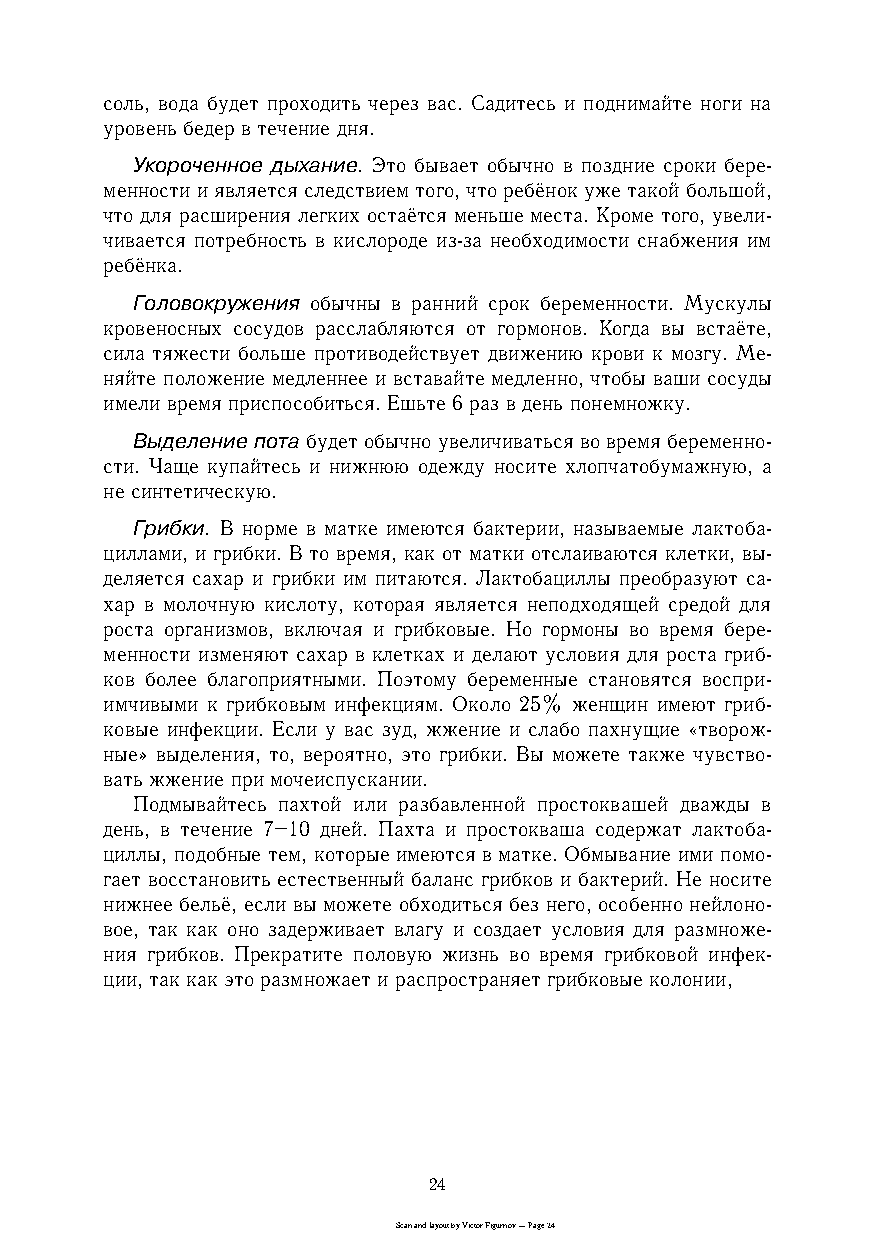
соль, вода будет проходить через вас. Садитесь и поднимайте ноги на
 уровень бедер в течение дня.
 Укороченное дыхание. Это бывает обычно в поздние сроки береc
 менности и является следствием того, что ребёнок уже такой большой,
 что для расширения легких остаётся меньше места. Кроме того, увелиc
 чивается потребность в кислороде изcза необходимости снабжения им
 ребёнка.
 Головокружения обычны в ранний срок беременности. Мускулы
 кровеносных сосудов расслабляются от гормонов. Когда вы встаёте,
 сила тяжести больше противодействует движению крови к мозгу. Меc
 няйте положение медленнее и вставайте медленно, чтобы ваши сосуды
 имели время приспособиться. Ешьте 6 раз в день понемножку.
 Выделение пота будет обычно увеличиваться во время беременноc
 сти. Чаще купайтесь и нижнюю одежду носите хлопчатобумажную, а
 не синтетическую.
 Грибки. В норме в матке имеются бактерии, называемые лактобаc
 циллами, и грибки. В то время, как от матки отслаиваются клетки, выc
 деляется сахар и грибки им питаются. Лактобациллы преобразуют саc
 хар в молочную кислоту, которая является неподходящей средой для
 роста организмов, включая и грибковые. Но гормоны во время береc
 менности изменяют сахар в клетках и делают условия для роста грибc
 ков более благоприятными. Поэтому беременные становятся восприc
 имчивыми к грибковым инфекциям. Около 25% женщин имеют грибc
 ковые инфекции. Если у вас зуд, жжение и слабо пахнущие «творожc
 ные» выделения, то, вероятно, это грибки. Вы можете также чувствоc
 вать жжение при мочеиспускании.
 Подмывайтесь пахтой или разбавленной простоквашей дважды в
 день, в течение 7–10 дней. Пахта и простокваша содержат лактобаc
 циллы, подобные тем, которые имеются в матке. Обмывание ими помоc
 гает восстановить естественный баланс грибков и бактерий. Не носите
 нижнее бельё, если вы можете обходиться без него, особенно нейлоноc
 вое, так как оно задерживает влагу и создает условия для размножеc
 ния грибков. Прекратите половую жизнь во время грибковой инфекc
 ции, так как это размножает и распространяет грибковые колонии,
 24
 Scan and layout by Victor Figurnov — Page 24